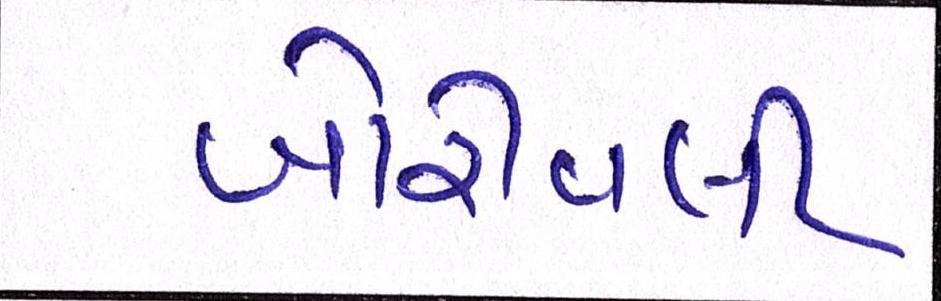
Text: બોરીવલી